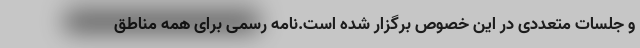
و جلسات متعددی در این خصوص برگزار شده است.نامه رسمی برای همه مناطق